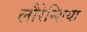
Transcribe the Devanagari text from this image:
लौरेन्शिया